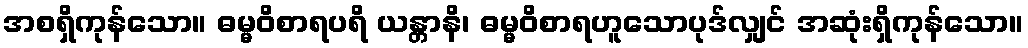
အစရှိကုန်သော။ ဓမ္မဝိစာရပရိ ယန္တာနိ၊ ဓမ္မဝိစာရဟူသောပုဒ်လျှင် အဆုံးရှိကုန်သော။